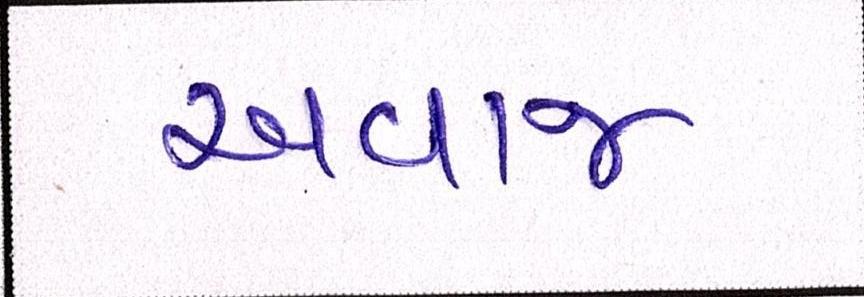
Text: અવાજ